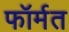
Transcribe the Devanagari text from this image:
फॉर्मत